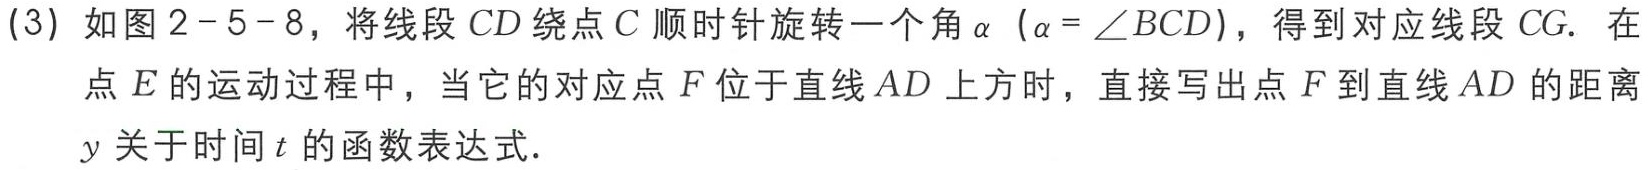
(3) 如图2 - 5 - 8，将线段 \(CD\) 绕点 \(C\) 顺时针旋转一个角 \(\alpha\)（\(\alpha = \angle BCD\)），得到对应线段 \(CG\). 在点 \(E\) 的运动过程中，当它的对应点 \(F\) 位于直线 \(AD\) 上方时，直接写出点 \(F\) 到直线 \(AD\) 的距离 \(y\) 关于时间 \(t\) 的函数表达式.